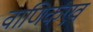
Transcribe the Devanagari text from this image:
वाणिकएवं